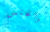
والجنس